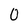
Character: 0